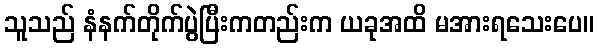
သူသည် နံနက်တိုက်ပွဲပြီးကတည်းက ယခုအထိ မအားရသေးပေ။